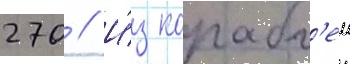
270 // И́з корабл'еи